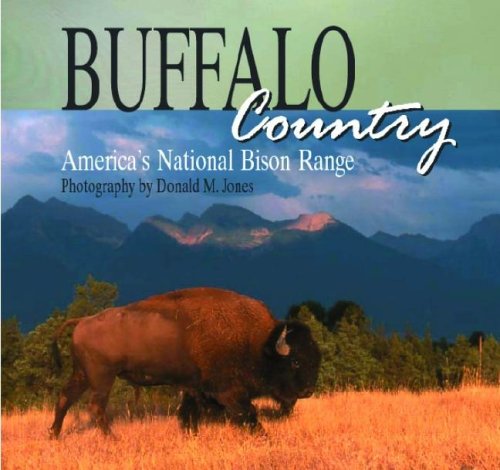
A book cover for Buffalo Country: America's National Bison Range; Sports & Outdoors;